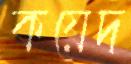
কয়েদ